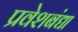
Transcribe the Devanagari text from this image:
प्रवेशबंद्या